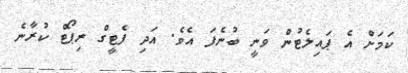
ކަމަށް އެ ޕައިލެޓުން ވަނީ ބުނެފަ އެވެ. އަދި ފެޓީގް ރިޕޯޓް ކުރާނެ